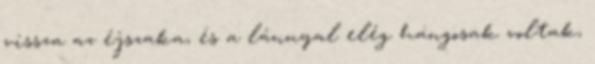
vissza az éjszaka, és a lánnyal elég hangosak voltak,